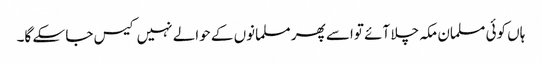
ہاں کوئی مسلمان مکہ چلا آئے تواسے پھر مسلمانوں کے حوالے نہیں کیس جا سکے گا۔